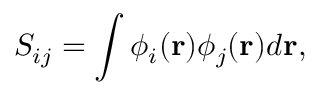
S _ { i j } = \int \phi _ { i } ( { \bf r } ) \phi _ { j } ( { \bf r } ) d { \bf r } ,